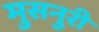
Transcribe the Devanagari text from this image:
मुसनुरी